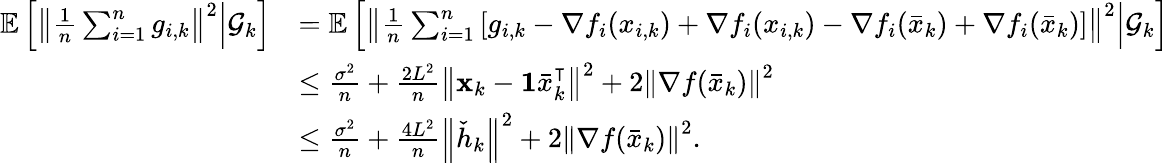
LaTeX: \begin{array}{rl}{\mathbb{E}\left[\left\Vert\frac{1}{n}\sum_{i=1}^{n}g_{i,k}\right\Vert^{2}\middle|\mathcal{G}_{k}\right]}&{=\mathbb{E}\left[\left\Vert\frac{1}{n}\sum_{i=1}^{n}\left[g_{i,k}-\nabla f_{i}(x_{i,k})+\nabla f_{i}(x_{i,k})-\nabla f_{i}(\bar{x}_{k})+\nabla f_{i}(\bar{x}_{k})\right]\right\Vert^{2}\middle|\mathcal{G}_{k}\right]}\\ &{\leq\frac{\sigma^{2}}{n}+\frac{2L^{2}}{n}\left\Vert\mathbf{x}_{k}-\mathbf{1}\bar{x}_{k}^{\intercal}\right\Vert^{2}+2\left\Vert\nabla f(\bar{x}_{k})\right\Vert^{2}}\\ &{\leq\frac{\sigma^{2}}{n}+\frac{4L^{2}}{n}\left\Vert\check{h}_{k}\right\Vert^{2}+2\left\Vert\nabla f(\bar{x}_{k})\right\Vert^{2}.}\end{array}